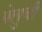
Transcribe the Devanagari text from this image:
मेलुची